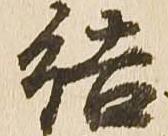
結